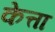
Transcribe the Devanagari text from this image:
केत्ता